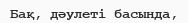
Бақ, дәулеті басында,